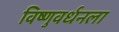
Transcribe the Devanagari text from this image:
विष्णुवर्धनला